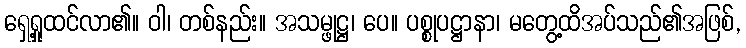
ရှေ့ရှုထင်လာ၏။ ဝါ၊ တစ်နည်း။ အသမ္ဖုဋ္ဌ၊ ပေ။ ပစ္စုပဋ္ဌာနာ၊ မတွေ့ထိအပ်သည်၏အဖြစ်,